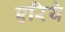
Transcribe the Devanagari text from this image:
एरिये